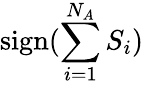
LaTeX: \mathrm{sign}(\sum_{i=1}^{N_{A}}S_{i})